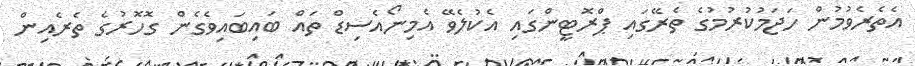
އެތެރެވުމުން ހަޖަމުކުރުމުގެ ތެރޭގައި ޕްރޮޓީންގައި އެކުލެވޭ އެމިނޯއެސިޑް ތައް ބައިބައިވެގެން ގޮހޮރުގެ ތެރެއިން